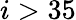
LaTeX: i>35